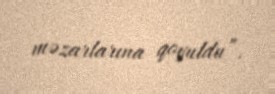
məzarlarına qoyuldu”.